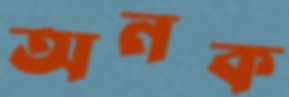
অনক